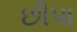
છીપા